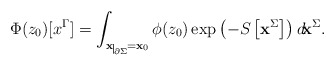
\begin{align*}\Phi(z_0)[x^{\Gamma}]=\int_{{\bf x}\nolinebreak\begin{picture}(10,3)(0,0)\setlength{\unitlength}{.5pt}\put(1,-7){\line(0,1){14}}\put(2,-7){$\scriptscriptstyle\partial\Sigma$}\end{picture}={\bf x}_0}\phi(z_0)\exp{\left(-S\left[{\bf x}^{\Sigma}\right]\right)}\, d\! {\bf x}^{\Sigma}.\end{align*}